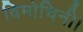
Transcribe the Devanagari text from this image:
विमोचिनी।